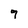
Character: 9